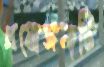
প্রযোজনাটি